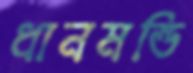
ধানমন্ডি